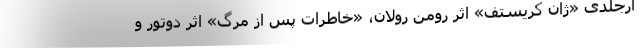
ارجلدی «ژان کریستف» اثر رومن رولان، «خاطرات پس از مرگ» اثر دوتور و